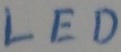
Text: LED